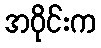
အဝိုင်းက